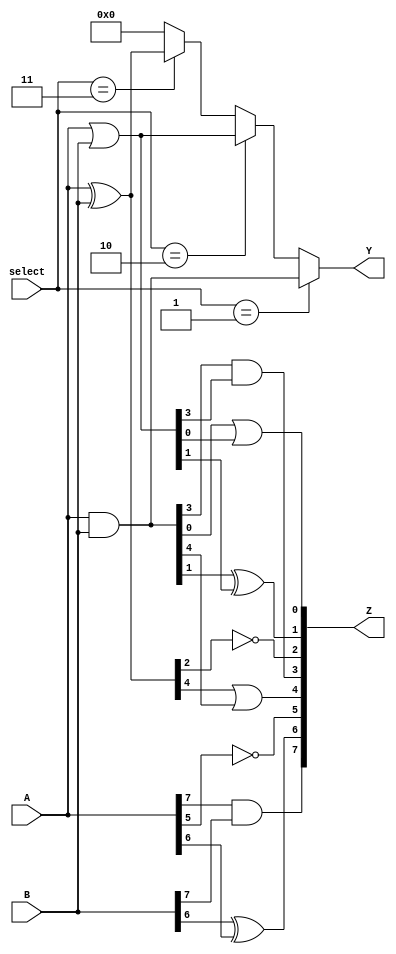
module combinational_logic_block (
    input wire [7:0] A,          // 8-bit input A
    input wire [7:0] B,          // 8-bit input B
    input wire [3:0] select,     // 4-bit select for multiplexing
    output wire [7:0] Y,         // 8-bit output Y
    output wire [7:0] Z          // 8-bit output Z for additional logic
);

// Intermediate signals for product terms
wire [7:0] and_terms;
wire [7:0] or_terms;
wire [7:0] xor_terms;

// AND logic
assign and_terms = A & B; // Element-wise AND

// OR logic
assign or_terms = A | B; // Element-wise OR

// XOR logic
assign xor_terms = A ^ B; // Element-wise XOR

// Multiplexer to select output based on 'select' signal
assign Y = (select == 4'b0001) ? and_terms :
           (select == 4'b0010) ? or_terms :
           (select == 4'b0011) ? xor_terms :
           8'b00000000; // Default case

// Additional combinational logic for output Z
assign Z[0] = and_terms[0] | or_terms[0]; // Example logic
assign Z[1] = and_terms[1] ^ or_terms[1]; // Example logic
assign Z[2] = ~xor_terms[2];              // Example NOT logic
assign Z[3] = and_terms[3] & or_terms[3]; // Example AND logic
assign Z[4] = xor_terms[4] | and_terms[4]; // Example OR logic
assign Z[5] = ~A[5];                      // Example NOT logic
assign Z[6] = B[6] ^ A[6];                // Example XOR logic
assign Z[7] = A[7] & B[7];                // Example AND logic

endmodule